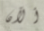
ألآن